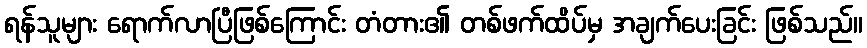
ရန်သူများ ရောက်လာပြီဖြစ်ကြောင်း တံတား၏ တစ်ဖက်ထိပ်မှ အချက်ပေးခြင်း ဖြစ်သည်။